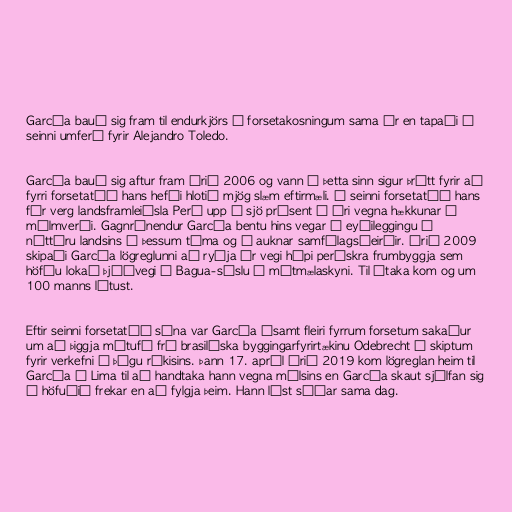
García bauð sig fram til endurkjörs í forsetakosningum sama ár en tapaði í
seinni umferð fyrir Alejandro Toledo.

García bauð sig aftur fram árið 2006 og vann í þetta sinn sigur þrátt fyrir að
fyrri forsetatíð hans hefði hlotið mjög slæm eftirmæli. Á seinni forsetatíð hans
fór verg landsframleiðsla Perú upp í sjö prósent á ári vegna hækkunar á
málmverði. Gagnrýnendur García bentu hins vegar á eyðileggingu á
náttúru landsins á þessum tíma og á auknar samfélagsóeirðir. Árið 2009
skipaði García lögreglunni að ryðja úr vegi hópi perúskra frumbyggja sem
höfðu lokað þjóðvegi í Bagua-sýslu í mótmælaskyni. Til átaka kom og um
100 manns létust.

Eftir seinni forsetatíð sína var García ásamt fleiri fyrrum forsetum sakaður
um að þiggja mútufé frá brasilíska byggingarfyrirtækinu Odebrecht í skiptum
fyrir verkefni í þágu ríkisins. Þann 17. apríl árið 2019 kom lögreglan heim til
García í Lima til að handtaka hann vegna málsins en García skaut sjálfan sig
í höfuðið frekar en að fylgja þeim. Hann lést síðar sama dag.